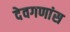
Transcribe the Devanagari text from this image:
देवगणांस